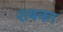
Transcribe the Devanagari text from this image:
शबका